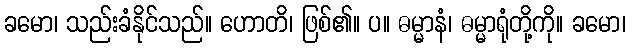
ခမော၊ သည်းခံနိုင်သည်။ ဟောတိ၊ ဖြစ်၏။ ပ။ ဓမ္မာနံ၊ ဓမ္မာရုံတို့ကို။ ခမော၊